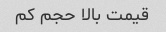
قیمت بالا حجم کم